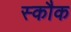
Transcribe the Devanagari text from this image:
स्कौक